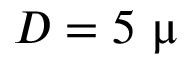
D = 5 ~ \upmu